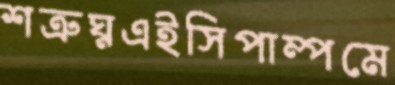
শত্রুঘ্নএইসিপাম্পমে